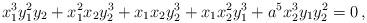
LaTeX: \begin{align*}x_1^3 y_1^2 y_2 + x_1^2 x_2 y_2^3 + x_1 x_2 y_2^3 + x_1 x_2^2 y_1^3 + a^5 x_2^3 y_1 y_2^2 = 0 \, , \end{align*}